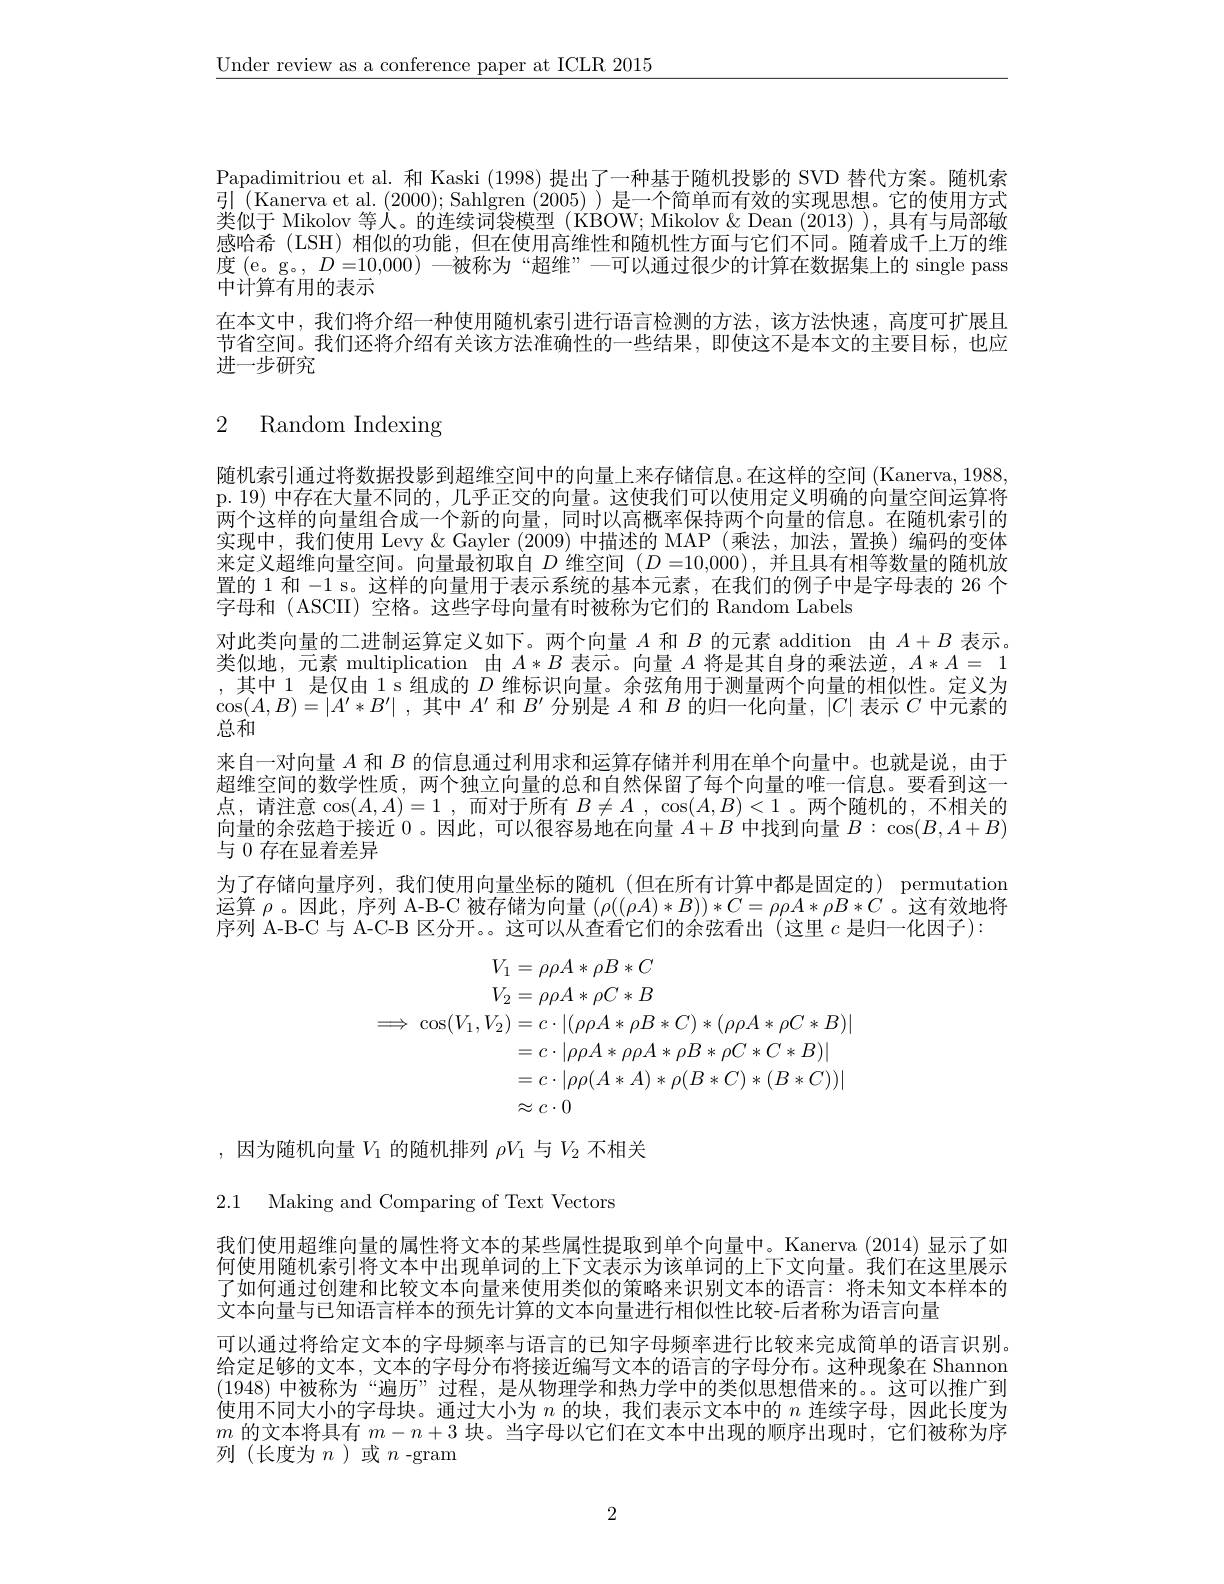
$\underline{\text{Under review as a conference paper at ICLR 2015}}$

Papadimitriou et al. 和 Kaski (1998)提出了一种基于随机投影的 SVD 替代方案。随机索引(Kanerva et al.(2000); Sahlgren (2005))是一个简单而有效的实现思想。它的使用方式类似于 Mikolov 等人。的连续词袋模型 (KBOW; Mikolov & Dean (2013) ), 具有与局部敏感哈希 (LSH)相似的功能，但在使用高维性和随机性方面与它们不同。随着成千上万的维度(e。g。, $D=10,000)$一被称为 “超维”—可以通过很少的计算在数据集上的 single pass 中计算有用的表示
在本文中，我们将介绍一种使用随机索引进行语言检测的方法，该方法快速，高度可扩展且节省空间。我们还将介绍有关该方法准确性的一些结果，即使这不是本文的主要目标，也应进一步研究

# 2 Random Indexing

随机索引通过将数据投影到超维空间中的向量上来存储信息。在这样的空间 (Kanerva,1988, p. 19) 中存在大量不同的，几乎正交的向量。这使我们可以使用定义明确的向量空间运算将两个这样的向量组合成一个新的向量，同时以高概率保持两个向量的信息。在随机索引的实现中，我们使用 Levy & Gayler (2009) 中描述的 MAP (乘法，加法，置换) 编码的变体来定义超维向量空间。向量最初取自$D$维空间$(D=10,000)$,并且具有相等数量的随机放置的 1 和-1 s。这样的向量用于表示系统的基本元素，在我们的例子中是字母表的 26 个字母和 (ASCII) 空格。这些字母向量有时被称为它们的 Random Labels
对此类向量的二进制运算定义如下。两个向量$A$和$B$的元素 addition 由$A+B$表示。类似地，元素 multiplication 由$A*B$表示。向量$A$将是其自身的乘法逆，$A*A=1$ ,其中 1 是仅由 1 s 组成的$D$维标识向量。余弦角用于测量两个向量的相似性。定义为$\cos ( A, B) = | A^{\prime }* B^{\prime }|$ ,其中$A^\prime$和$B^{\prime}$分别是$A$和$B$的归一化向量，$|C|$表示$C$中元素的总和
来自一对向量$A$和$B$的信息通过利用求和运算存储并利用在单个向量中。也就是说，由于超维空间的数学性质，两个独立向量的总和自然保留了每个向量的唯一信息。要看到这一点，请注意$\cos ( A, A) = 1$ , 而对于所有$B\neq A$ , cos$( A, B) < 1$。两个随机的，不相关的向量的余弦趋于接近 0 。因此，可以很容易地在向量$A+B$中找到向量$B:\cos(B,A+B)$ 与 0 存在显着差异
为了存储向量序列，我们使用向量坐标的随机(但在所有计算中都是固定的) permutation 运算$\rho$。因此，序列 A-B-C 被存储为向量$(\rho((\rho A)*B))*C=\rho\rho A*\rho B*C$ 。这有效地将序列 A-B-C 与 A-C-B 区分开。。这可以从查看它们的余弦看出(这里 $c$ 是归一化因子):
$$\begin{aligned}V_1&=\rho\rho A*\rho B*C\\V_2&=\rho\rho A*\rho C*B\\\implies\cos(V_1,V_2)&=c\cdot|(\rho\rho A*\rho B*C)*(\rho\rho A*\rho C*B)|\\&=c\cdot|\rho\rho A*\rho\rho A*\rho B*\rho C*C*B)|\\&=c\cdot|\rho\rho(A*A)*\rho(B*C)*(B*C))|\\&\approx c\cdot0\end{aligned}$$
,因为随机向量$V_1$的随机排列$\rho V_1$与$V_2$不相关

2.1 Making and Comparing of Text Vectors

我们使用超维向量的属性将文本的某些属性提取到单个向量中。Kanerva (2014)显示了如何使用随机索引将文本中出现单词的上下文表示为该单词的上下文向量。我们在这里展示了如何通过创建和比较文本向量来使用类似的策略来识别文本的语言：将未知文本样本的文本向量与已知语言样本的预先计算的文本向量进行相似性比较-后者称为语言问量

可以通过将给定文本的字母频率与语言的已知字母频率进行比较来完成简单的语言识别给定足够的文本，文本的字母分布将接近编写文本的语言的字母分布。这种现象在 Shannon (1948)中被称为“遍历”过程，是从物理学和热力学中的类似思想借来的。。这可以推广到使用不同大小的字母块。通过大小为$n$的块，我们表示文本中的$n$连续字母，因此长度为$m$的文本将具有$m-n+3$块。当字母以它们在文本中出现的顺序出现时，它们被称为序列(长度为$n$ )或$n$ -gram

2